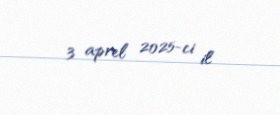
3 aprel 2025-ci il